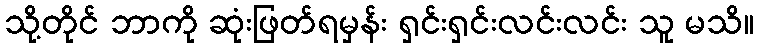
သို့တိုင် ဘာကို ဆုံးဖြတ်ရမှန်း ရှင်းရှင်းလင်းလင်း သူ မသိ။